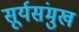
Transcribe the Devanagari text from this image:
सूर्यसंमुख